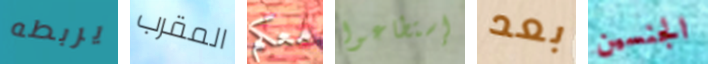
يربطه المقرب معكم إستطاعوا بعد الجنسين